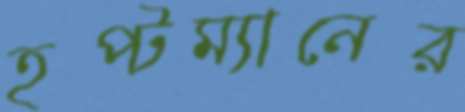
হপ্টম্যানের